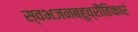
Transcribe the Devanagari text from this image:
स्वभजनबहुव्रीहिकारं